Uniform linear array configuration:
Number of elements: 24
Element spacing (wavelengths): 1
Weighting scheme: hann
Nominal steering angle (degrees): -30
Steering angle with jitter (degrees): -30.04
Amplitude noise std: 0.05
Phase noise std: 0.05

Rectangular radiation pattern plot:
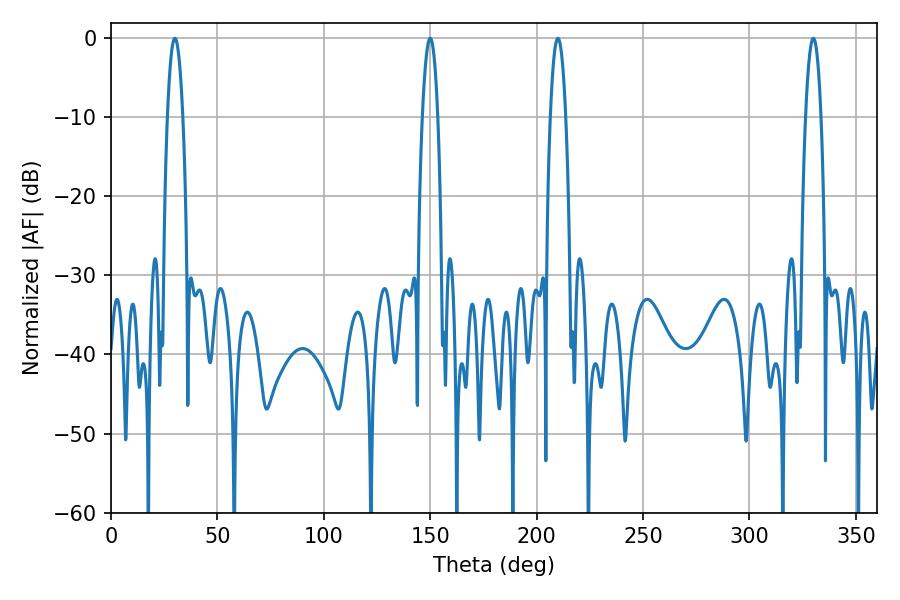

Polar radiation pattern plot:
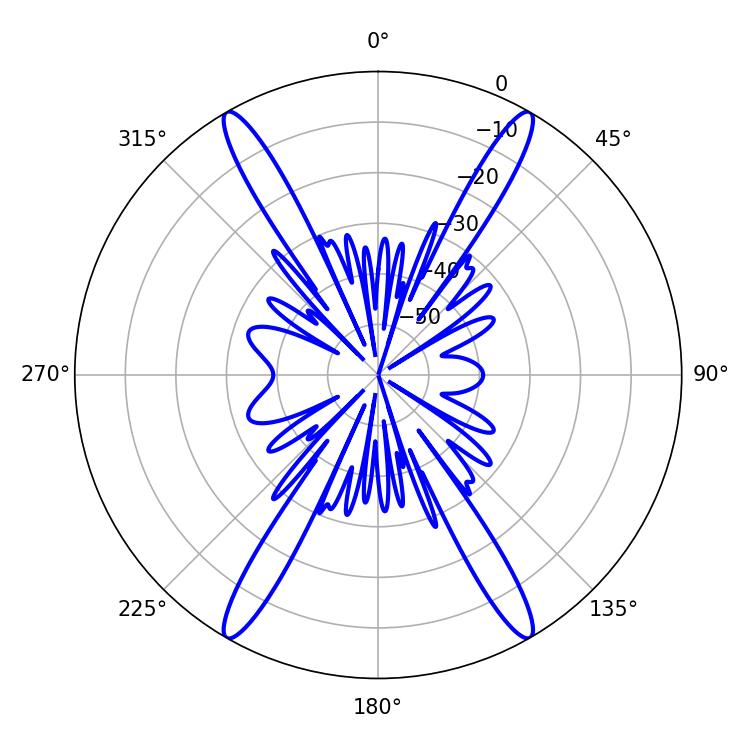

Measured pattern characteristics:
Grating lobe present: TRUE
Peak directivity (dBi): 44.018
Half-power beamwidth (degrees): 3.96
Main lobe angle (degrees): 30.06